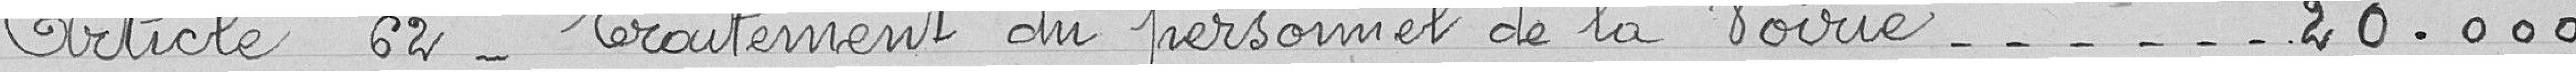
Article 62 - Traitement du personnel de la Voirie 20.000